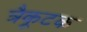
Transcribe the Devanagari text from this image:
त्रैकूटक